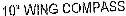
10"WING COMPASS